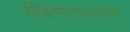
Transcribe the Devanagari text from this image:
शिक्षणशास्त्रातील